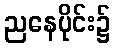
ညနေပိုင်း၌